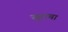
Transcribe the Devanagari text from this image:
सुराचा